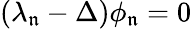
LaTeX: (\lambda_{\mathfrak{n}}-\Delta)\phi_{\mathfrak{n}}=0